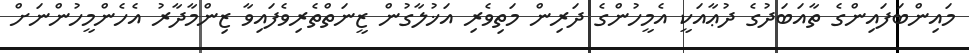
މައިންބަފައިންގެ ތާއަބަދުގެ ދުޢާއަކީ އެމީހުންގެ ދަރިން މަތިވެރި އަޚުލާގުން ޒީނަތްތެރިވެފައިވާ ޒިންމާދާރު އެހެންމީހުންނަށް